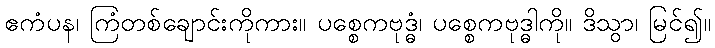
ဧကံပန၊ ကြံတစ်ချောင်းကိုကား။ ပစ္စေကဗုဒ္ဓံ၊ ပစ္စေကဗုဒ္ဓါကို။ ဒိသွာ၊ မြင်၍။